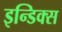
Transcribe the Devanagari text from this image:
इन्डिक्स